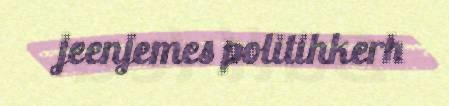
jeenjemes politihkerh